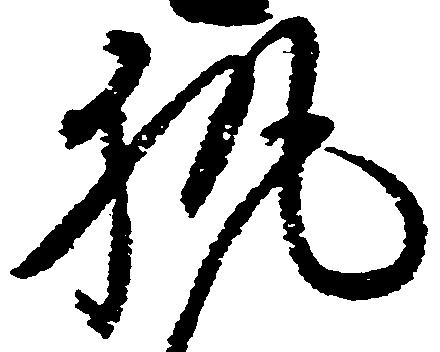
執